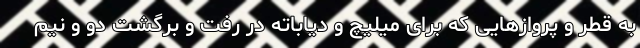
به قطر و پروازهایی که برای میلیچ و دیاباته در رفت و برگشت دو و نیم